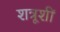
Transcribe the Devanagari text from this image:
शत्रूशीं